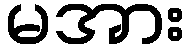
မအား